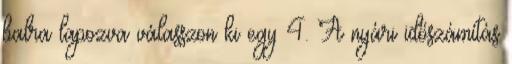
balra lapozva válasszon ki egy 4. A nyári időszámítás